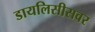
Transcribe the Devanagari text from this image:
डायलिसीसवर